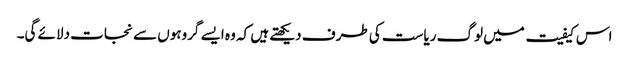
اس کیفیت میں لوگ ریاست کی طرف دیکھتے ہیں کہ وہ ایسے گروہوں سے نجات دلائے گی۔